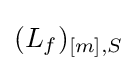
(L_{f})_{[m],S}